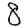
Digit: 8